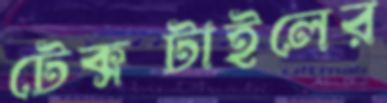
টেক্সটাইলের